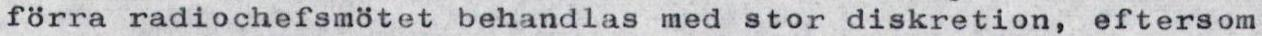
förra radiochefsmötet behandlas med stor diskretion, eftersom